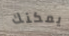
يمكنك